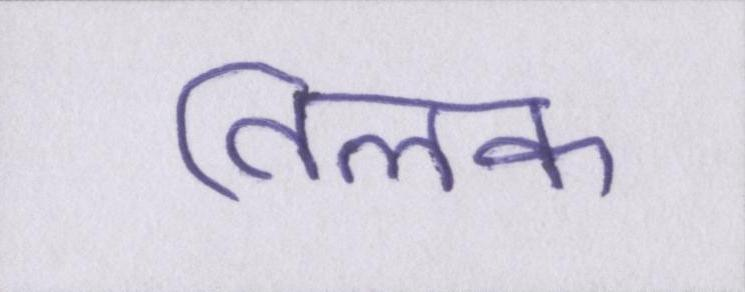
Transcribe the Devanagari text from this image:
तिलक